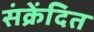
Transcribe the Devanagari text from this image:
संक्रेंदित